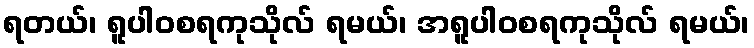
ရတယ်၊ ရူပါဝစရကုသိုလ် ရမယ်၊ အရူပါဝစရကုသိုလ် ရမယ်၊